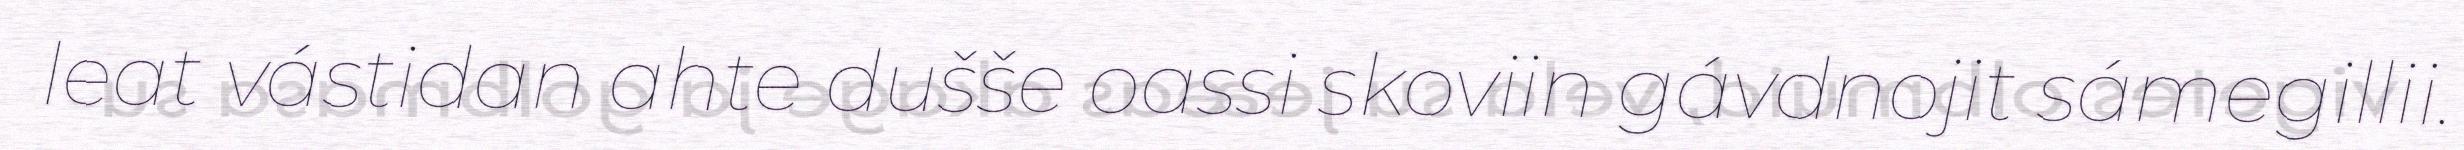
leat vástidan ahte dušše oassi skoviin gávdnojit sámegillii.